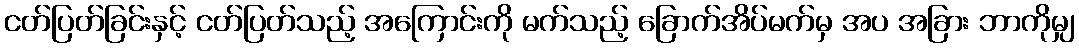
ငတ်ပြတ်ခြင်းနှင့် ငတ်ပြတ်သည့် အကြောင်းကို မက်သည့် ခြောက်အိပ်မက်မှ အပ အခြား ဘာကိုမျှ